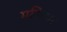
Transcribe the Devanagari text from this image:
महिसार